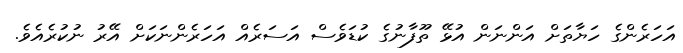
އަހަރެންގެ ހަޔާތަށް އަންނަން އުޅޭ ތޫފާނުގެ ކުޑަވެސް އަސަރެއް އަހަރެންނަކަށް އޭރު ނުކުރެއެވެ.